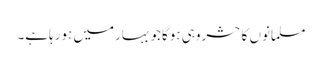
مسلمانوں کاحشروہی ہوگاجوبہارمیں ہورہاہے۔